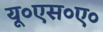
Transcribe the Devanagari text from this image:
यू०एस०ए०